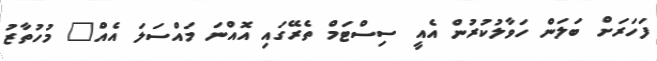
ފަަހަރަށް ބަލަން ހަވާލުކުރުން އެއީ ސިސްޓަމް ތެރޭގައި އޮއްނަ މައްސަލަ އެއް" މުހުތާޒު